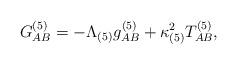
LaTeX: \begin{align*}G^{(5)}_{AB} = -\Lambda_{(5)}g^{(5)}_{AB} +\kappa^2_{(5)}T^{(5)}_{AB}, \end{align*}